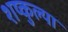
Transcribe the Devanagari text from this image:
शष्कुल्या